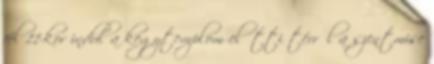
fél 11-kor indul a kegytemplom előtti térről a szentmise